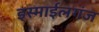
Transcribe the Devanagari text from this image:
इस्माईलगंज